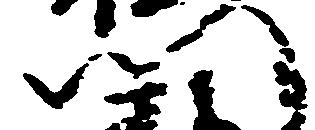
門